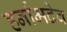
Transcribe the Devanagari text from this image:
हर्नामदेव